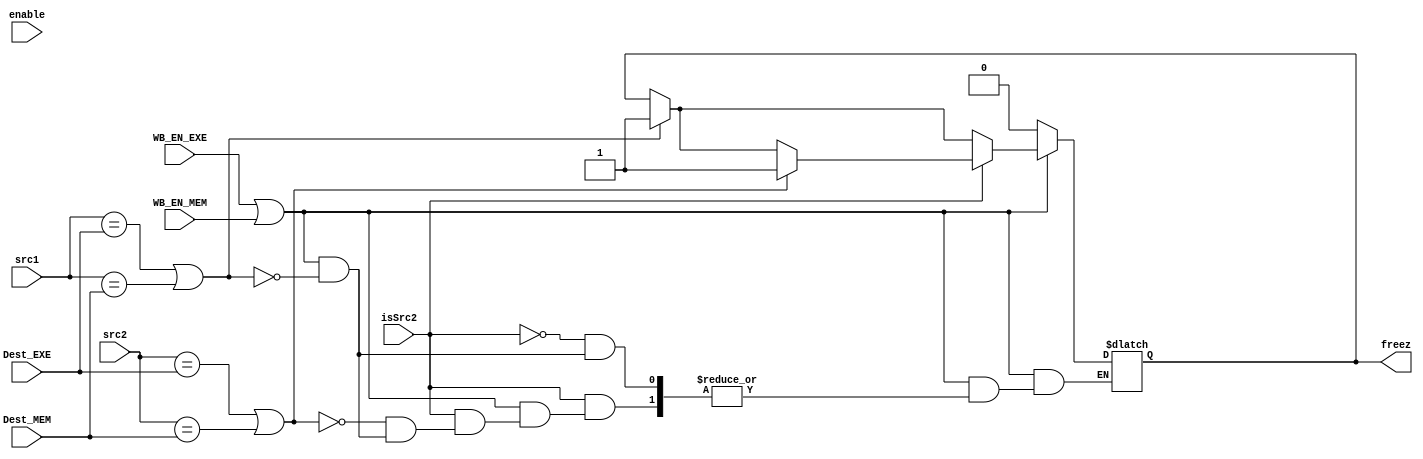
module HazardDetect
    (
        input WB_EN_EXE,WB_EN_MEM,isSrc2,
        input [4:0]src1,src2,Dest_EXE,Dest_MEM,
        input enable,
        output reg freez
    );
    
    always @(*) begin
        if (WB_EN_EXE == 1'b1 || WB_EN_MEM == 1'b1) begin
            if (src1 == Dest_EXE || src1 == Dest_MEM) begin
                freez = 1'b1;
            end
            if(isSrc2 == 1) begin
                if (src2 == Dest_EXE || src2 == Dest_MEM) begin
                    freez = 1'b1;
                end
            end
        end
        else
            freez = 0;
    end

endmodule // HazardDetect